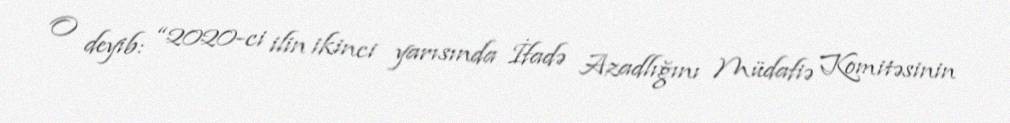
O deyib: “2020-ci ilin ikinci yarısında İfadə Azadlığını Müdafiə Komitəsinin